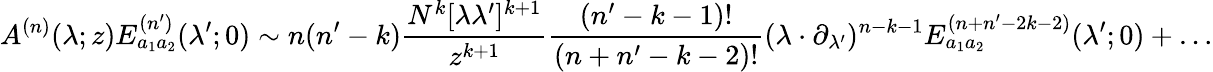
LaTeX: A^{(n)}(\lambda;z)E_{a_{1}a_{2}}^{(n^{\prime})}(\lambda^{\prime};0)\sim n(n^{\prime}-k)\frac{N^{k}[\lambda\lambda^{\prime}]^{k+1}}{z^{k+1}}\frac{(n^{\prime}-k-1)!}{(n+n^{\prime}-k-2)!}(\lambda\cdot\partial_{\lambda^{\prime}})^{n-k-1}E_{a_{1}a_{2}}^{(n+n^{\prime}-2k-2)}(\lambda^{\prime};0)+\dots